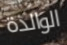
الوالدة